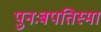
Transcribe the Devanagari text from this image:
पुनःबपतिस्मा